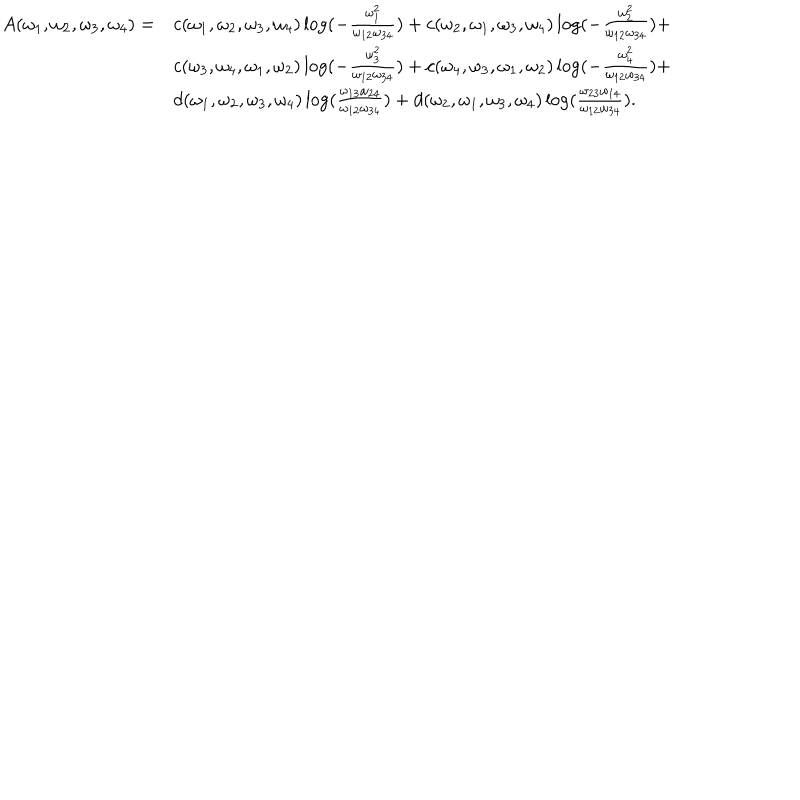
\begin{array} { l l l } { { A ( \omega _ { 1 } , \omega _ { 2 } , \omega _ { 3 } , \omega _ { 4 } ) = } } & { { c ( \omega _ { 1 } , \omega _ { 2 } , \omega _ { 3 } , \omega _ { 4 } ) \log ( { - \frac { \omega _ { 1 } ^ { 2 } } { \omega _ { 1 2 } \omega _ { 3 4 } } } ) + c ( \omega _ { 2 } , \omega _ { 1 } , \omega _ { 3 } , \omega _ { 4 } ) \log ( { - \frac { \omega _ { 2 } ^ { 2 } } { \omega _ { 1 2 } \omega _ { 3 4 } } } ) + } } \\ { { } } & { { c ( \omega _ { 3 } , \omega _ { 4 } , \omega _ { 1 } , \omega _ { 2 } ) \log ( { - \frac { \omega _ { 3 } ^ { 2 } } { \omega _ { 1 2 } \omega _ { 3 4 } } } ) + c ( \omega _ { 4 } , \omega _ { 3 } , \omega _ { 1 } , \omega _ { 2 } ) \log ( { - \frac { \omega _ { 4 } ^ { 2 } } { \omega _ { 1 2 } \omega _ { 3 4 } } } ) + } } \\ { { } } & { { d ( \omega _ { 1 } , \omega _ { 2 } , \omega _ { 3 } , \omega _ { 4 } ) \log ( { \frac { \omega _ { 1 3 } \omega _ { 2 4 } } { \omega _ { 1 2 } \omega _ { 3 4 } } } ) + d ( \omega _ { 2 } , \omega _ { 1 } , \omega _ { 3 } , \omega _ { 4 } ) \log ( { \frac { \omega _ { 2 3 } \omega _ { 1 4 } } { \omega _ { 1 2 } \omega _ { 3 4 } } } ) . } } \\ \end{array}